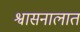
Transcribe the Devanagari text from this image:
श्वासनालात